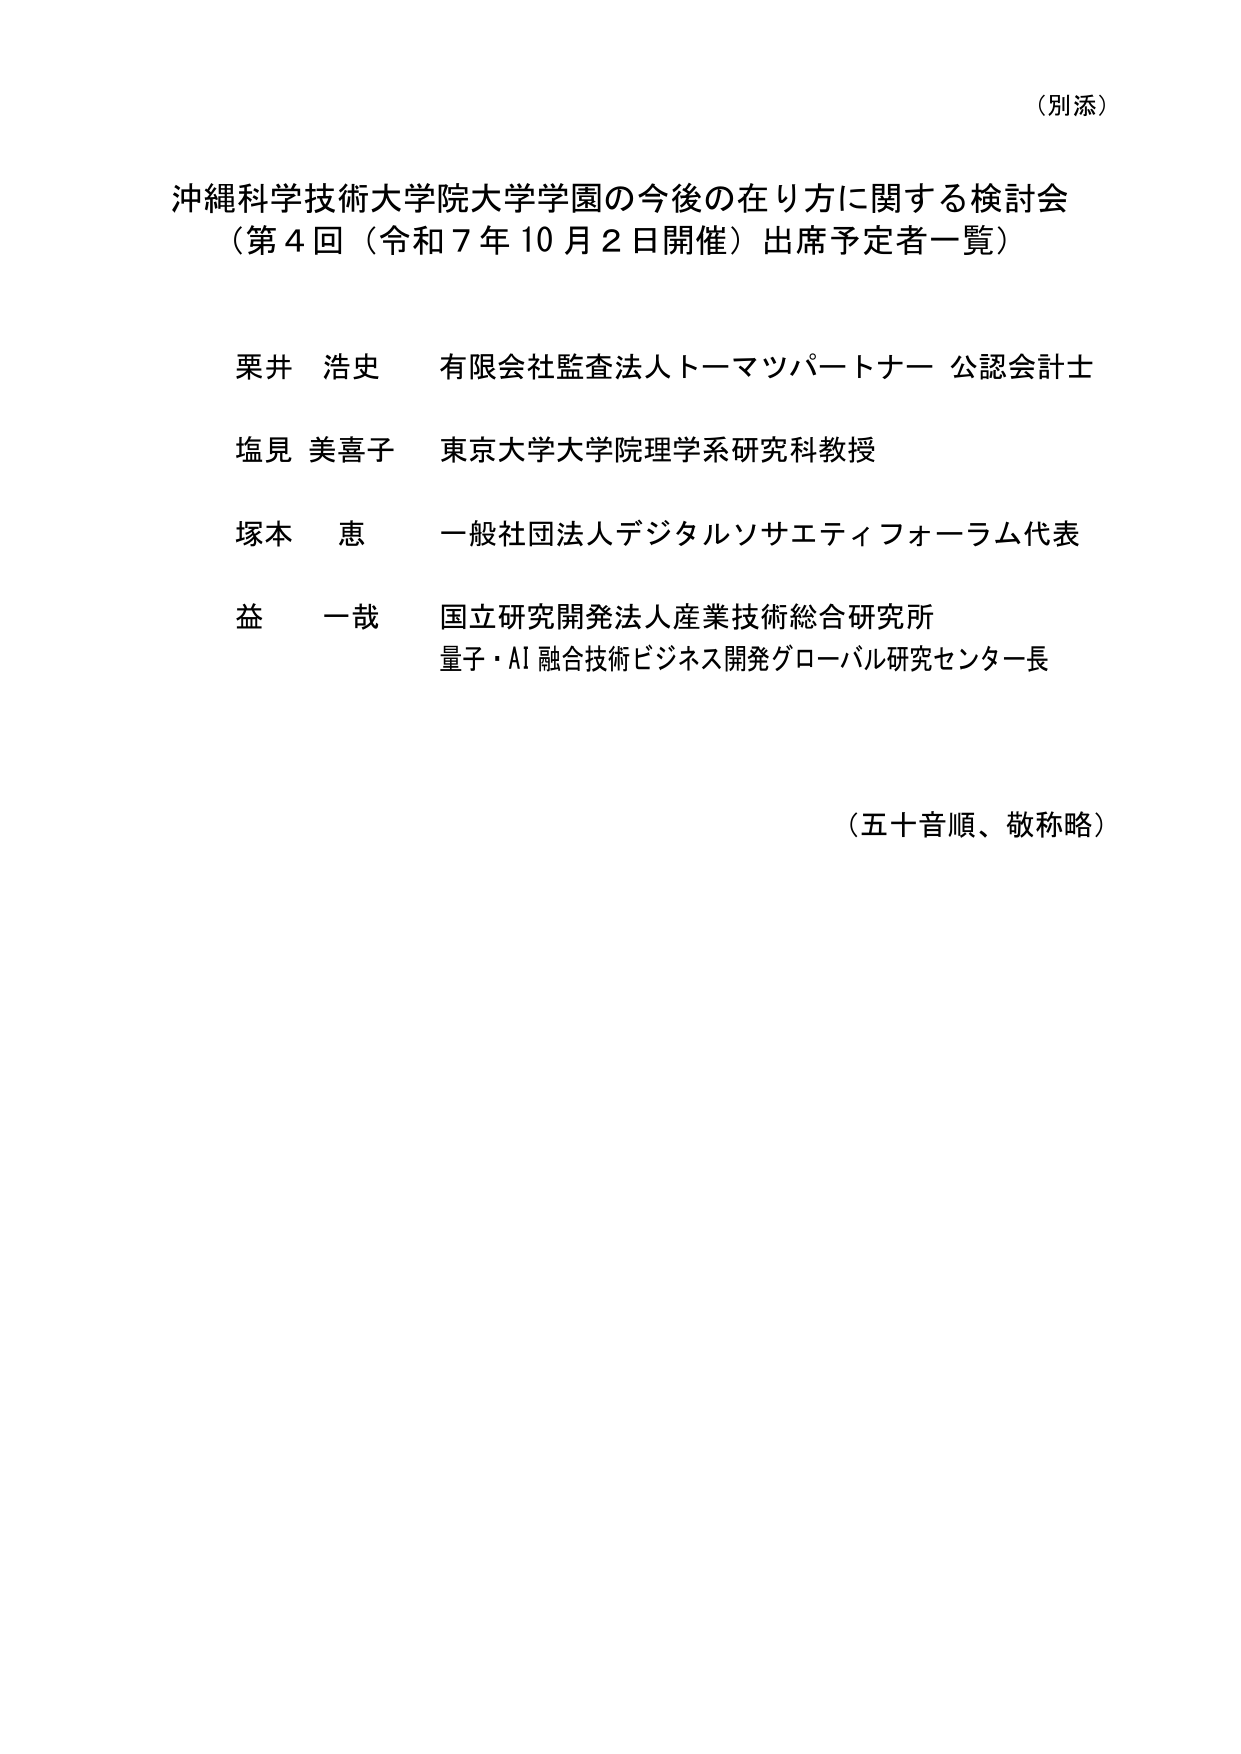
（別添）

沖縄科学技術大学院大学学園の今後の在り方に関する検討会
（第４回（令和７年10月２日開催）出席予定者一覧）

栗井 浩史 有限会社監査法人トーマツパートナー 公認会計士
塩見 美喜子 東京大学大学院理学系研究科教授
塚本 恵 一般社団法人デジタルソサエティフォーラム代表
益 一哉 国立研究開発法人産業技術総合研究所
量子・AI 融合技術ビジネス開発グローバル研究センター長

（五十音順、敬称略）